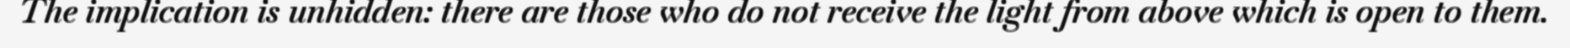
The implication is unhidden: there are those who do not receive the light from above which is open to them.